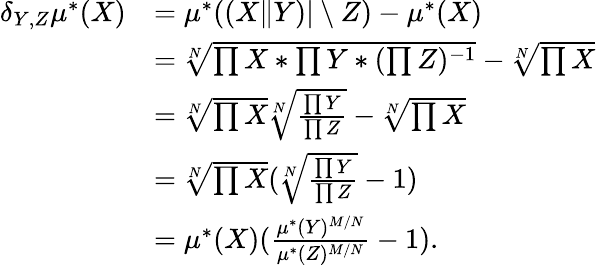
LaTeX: \begin{array}{rl}{\delta_{Y,Z}\mu^{*}(X)}&{=\mu^{*}((X\| Y)\vert\setminus Z)-\mu^{*}(X)}\\ &{=\sqrt[N]{\prod X*\prod Y*(\prod Z)^{-1}}-\sqrt[N]{\prod X}}\\ &{=\sqrt[N]{\prod X}\sqrt[N]{\frac{\prod Y}{\prod Z}}-\sqrt[N]{\prod X}}\\ &{=\sqrt[N]{\prod X}(\sqrt[N]{\frac{\prod Y}{\prod Z}}-1)}\\ &{=\mu^{*}(X)(\frac{\mu^{*}(Y)^{M/N}}{\mu^{*}(Z)^{M/N}}-1).}\end{array}